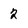
Character: 2